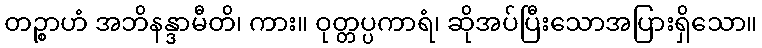
တဉ္စာဟံ အဘိနန္ဒာမီတိ၊ ကား။ ဝုတ္တပ္ပကာရံ၊ ဆိုအပ်ပြီးသောအပြားရှိသော။